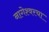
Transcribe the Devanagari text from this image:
नागेश्वरचा